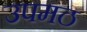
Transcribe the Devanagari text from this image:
उपमठ